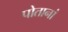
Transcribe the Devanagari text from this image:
पोतानां